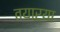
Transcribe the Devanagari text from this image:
तयाऱ्या